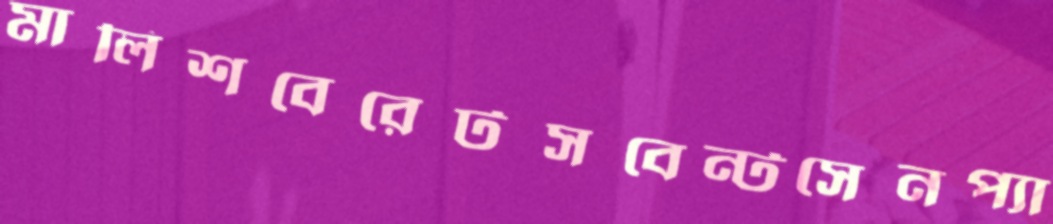
মালিশবেরেটসবেন্টসেনপ্যা